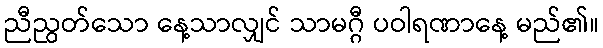
ညီညွတ်သော နေ့သာလျှင် သာမဂ္ဂီ ပဝါရဏာနေ့ မည်၏။